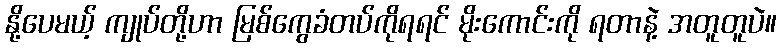
နို့ပေမယ့် ကျုပ်တို့ဟာ မြစ်ကွေခံတပ်ကိုရရင် မိုးကောင်းကို ရတာနဲ့ အတူတူပဲ။